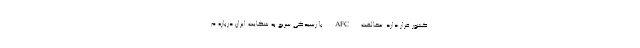
کشور قرار دارد. مخالفت AFC با رسیدگی سریع به شکایت ایران درباره م